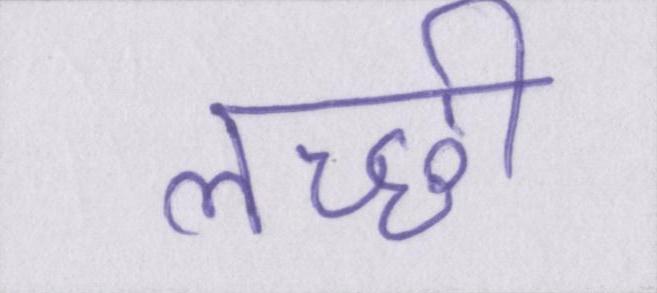
लच्छी